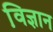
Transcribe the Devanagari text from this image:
वि़ज्ञान